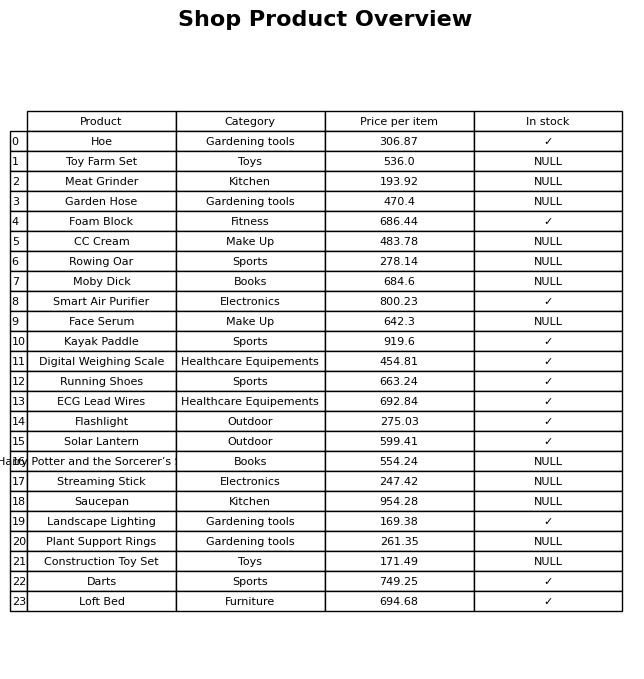
question: Is the Toy Farm Set in stock?
answer: NULL